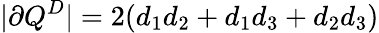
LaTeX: |\partial Q^{D}|=2(d_{1}d_{2}+d_{1}d_{3}+d_{2}d_{3})